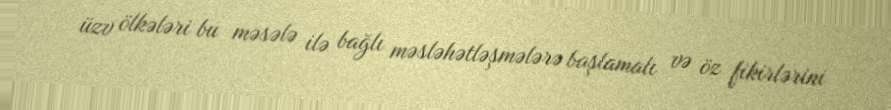
üzv ölkələri bu məsələ ilə bağlı məsləhətləşmələrə başlamalı və öz fikirlərini